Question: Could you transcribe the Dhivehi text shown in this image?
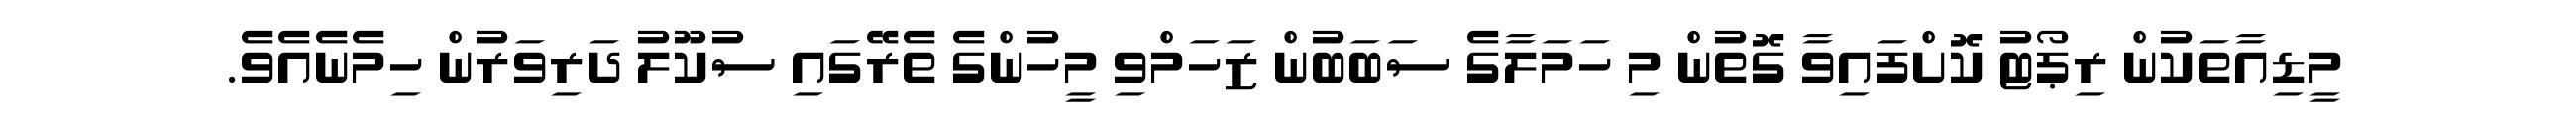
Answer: މީޑިއާތަކުން ރިޕޯޓު ކޮށްފައިވާ ގޮތުން މި ހަމަލާގެ ސަބަބުން ޒަހަމްވި މީހުންގެ ތެރޭގައި ސުކޫލު ދަރިވަރުން ހިމެނެއެވެ.